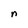
Character: n